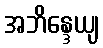
အဘိန္ဒေယျ